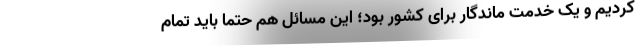
کردیم و یک خدمت ماندگار برای کشور بود؛ این مسائل هم حتما باید تمام